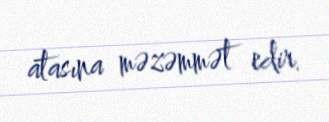
atasına məzəmmət edir.